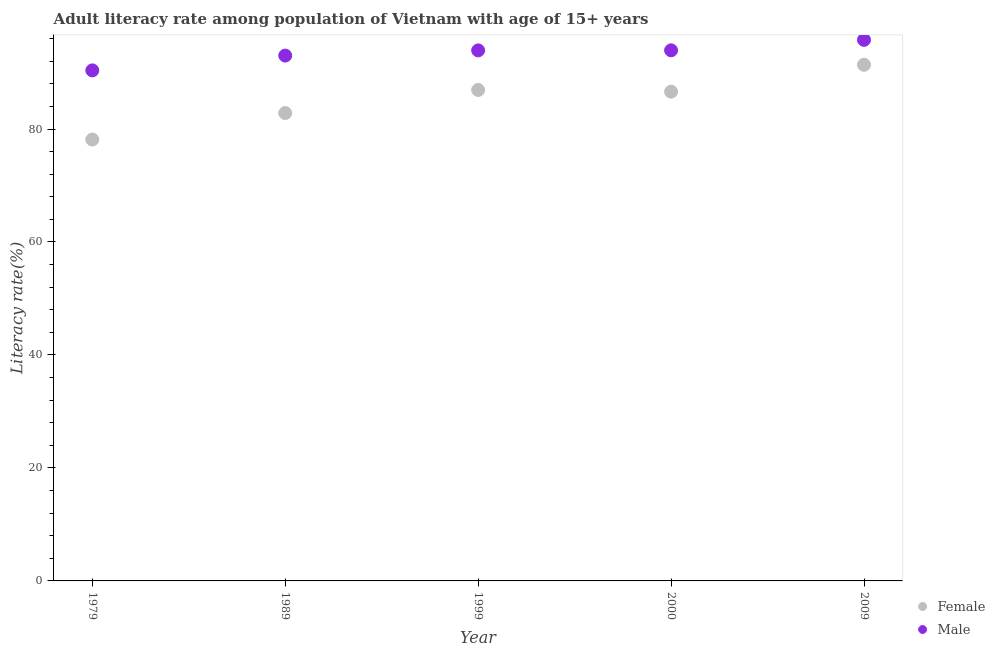
| Year | Female | Male |
 | --- | --- | --- |
 | 1979 | 78.1 | 90.4 |
 | 1989 | 82.8 | 93 |
 | 1999 | 86.9 | 93.9 |
 | 2000 | 86.6 | 93.9 |
 | 2009 | 91.4 | 95.8 |